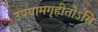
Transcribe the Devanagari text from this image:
उपयामगृहीतोऽसि